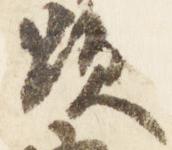
顕